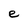
Character: e